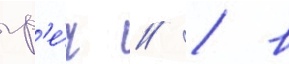
гр'е́ч // / в